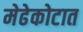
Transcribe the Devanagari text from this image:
मेढेकोटात